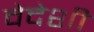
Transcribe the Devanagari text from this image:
वेदेशी